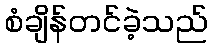
စံချိန်တင်ခဲ့သည်